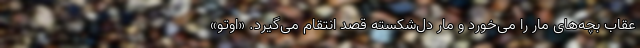
عقاب بچه‌های مار را می‌خورد و مارِ دل‌شکسته قصد انتقام می‌گیرد. «اوتو»